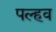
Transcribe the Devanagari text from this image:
पल्हव